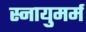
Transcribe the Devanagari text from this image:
स्नायुमर्म